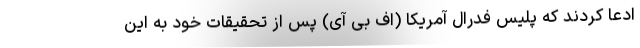
ادعا کردند که پلیس فدرال آمریکا (اف بی آی) پس از تحقیقات خود به این